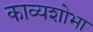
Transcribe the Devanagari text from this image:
काव्यशोभा